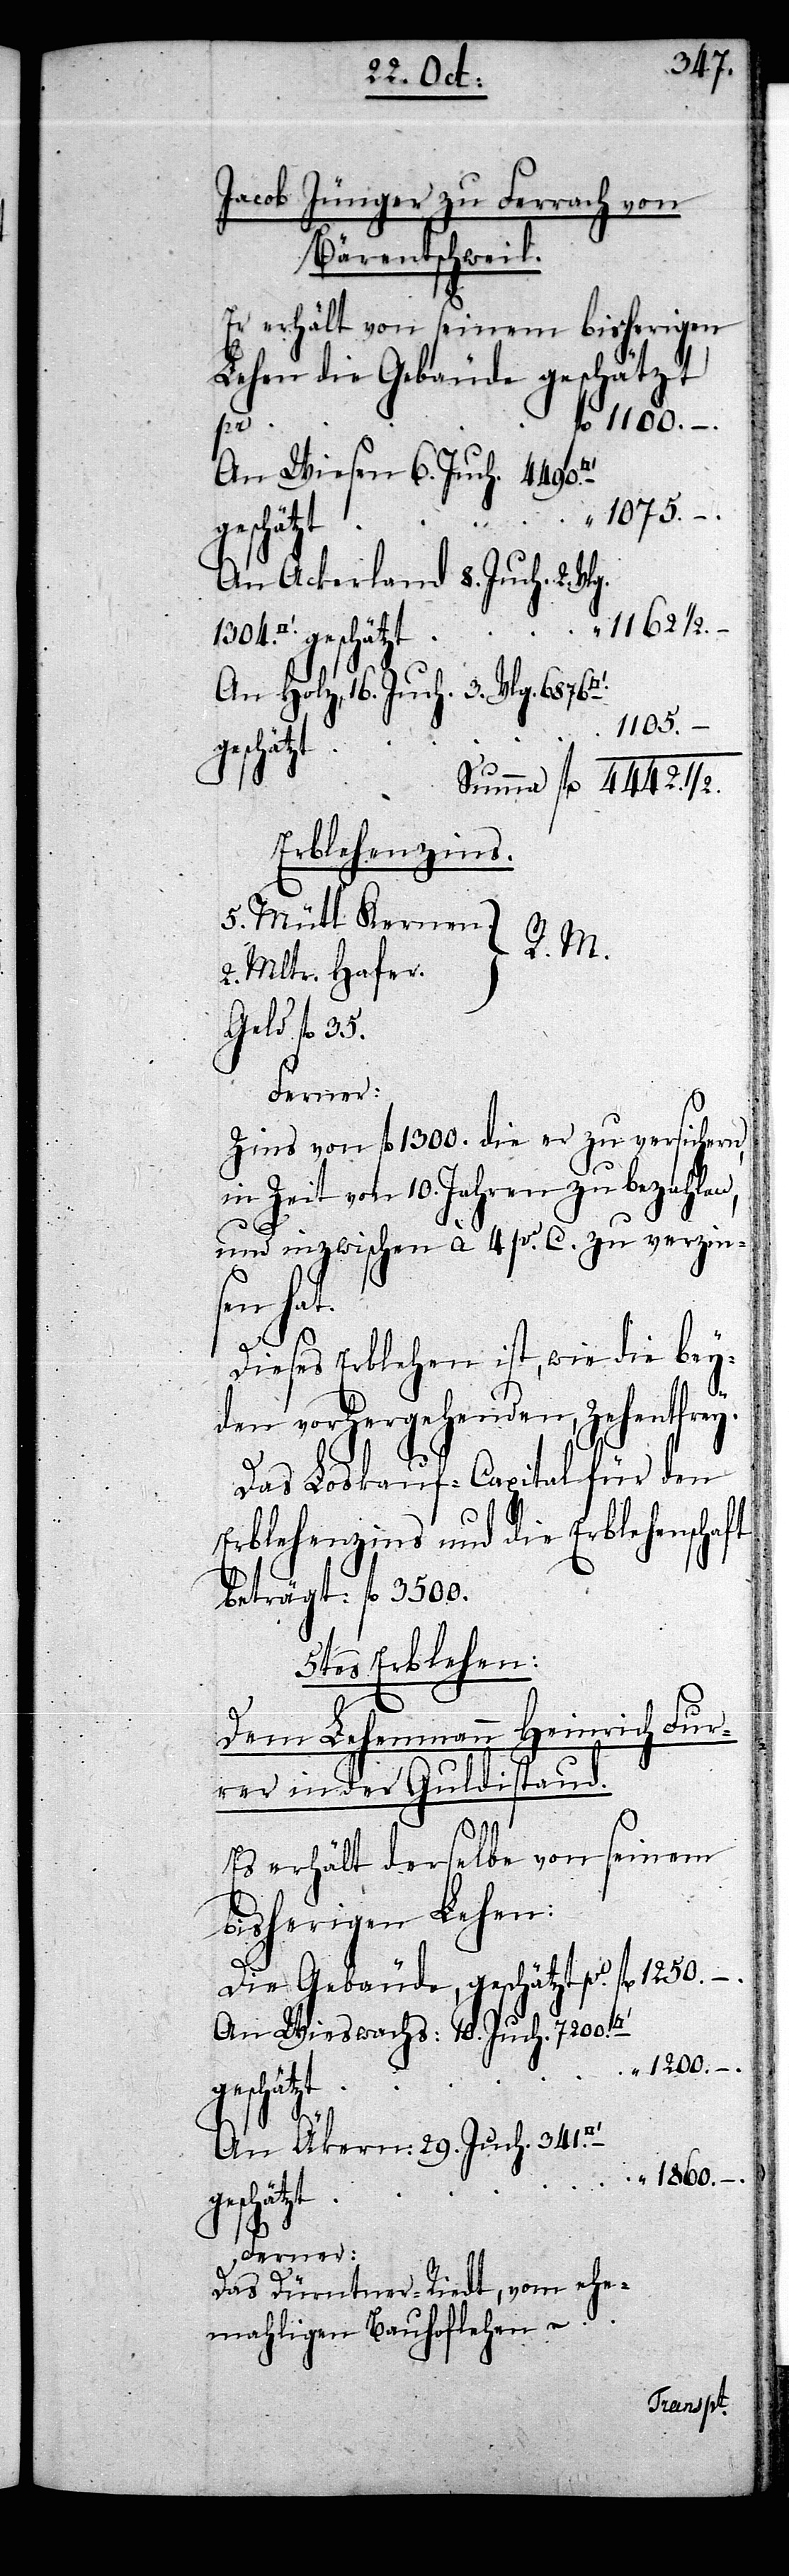
Jacob Jünger zu Ferrach von
Bärentschweil.
Er erhält von seinem bisherigen
fl 1250. –.
rer
An Wiesen 6. Juch. 4490.
1075.
An Ackerland 8. Juch: 2. Vl¬
1162 1/2.
–.
verzinsen hat.
An Holz, 16. Juch. 3. Vlg. 6876.
1105.
geschätzt
Erblehenzins.
5. Mütt Kernen.
R. M.
2. Mltr. Hafer.
Geld fl 35.
Ferner:
Zins von fl 1300. die er zu versichern,
in Zeit von 10. Jahren zu bezahlen,
1/2.
und inzwischen à 4 pr. C. zu
Dieses Erblehen ist, wie die bey¬
den vorhergehenden, Zehentfrey.
Das Loskauf-Capital für den
Erblehenzins und die Erblehenschaft
beträgt: fl 3500.
5tes Erblehen:
Dem Lehenmann Heinrich Fur¬
in der Guldistand.
Es erhält derselbe von seinem
bisherigen Lehen:
Die Gebäude, geschätzt pr
An Wieswachs: 10. Juch. 7200.
“ 1200. –.
An Äkern: 29. Juch. 341.
“ 1860.
Ferner:
Das Dürntner-Riedt, vom ehe¬
mahligen Bauhoflehen